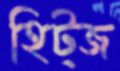
হিট্জ